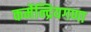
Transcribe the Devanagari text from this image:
कर्मेन्द्रियगणा